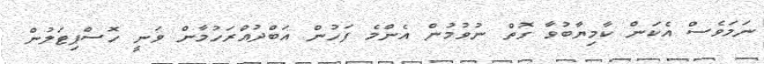
ނަމަވެސް އެކަން ކާމިޔާބުވާ ގޮތް ނުވުމުން އެންމެ ފަހުން އަބްދުއްރަހުމާން ވަނީ ހޮސްޕިޓަލުން